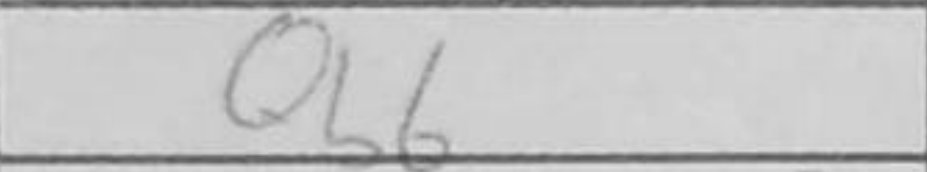
Transcription: Qb6